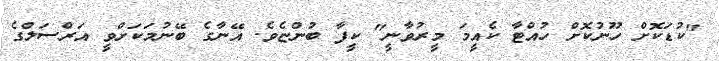
"ކުޑަކޮށް ހޫނުކޮށް ހުއްޓާ ކެއީމަ މީރުވާނީ" ކީފާ ބުންޏެވެ. އޭނާގެ ބޭނުމަކަށްވީ އަރްސަލްގެ